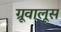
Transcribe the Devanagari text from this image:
ग्रूवालूस